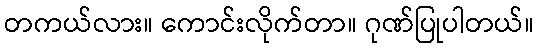
တကယ်လား။ ကောင်းလိုက်တာ။ ဂုဏ်ပြုပါတယ်။